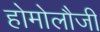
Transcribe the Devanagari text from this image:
होमोलौजी